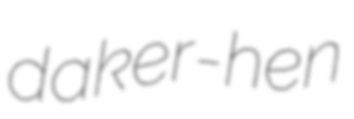
daker-hen